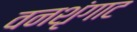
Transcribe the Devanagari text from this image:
वनशृंगाट